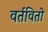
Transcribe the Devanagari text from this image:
वर्तवितो